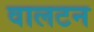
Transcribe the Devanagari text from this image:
वालटन